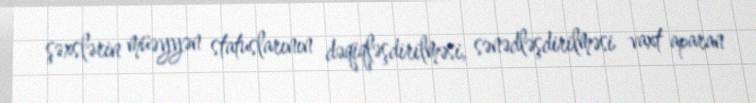
şəxslərin müəyyən statuslarının dəqiqləşdirilməsi, sənədləşdirilməsi vaxt aparan